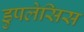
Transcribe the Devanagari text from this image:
डुपलेसिस